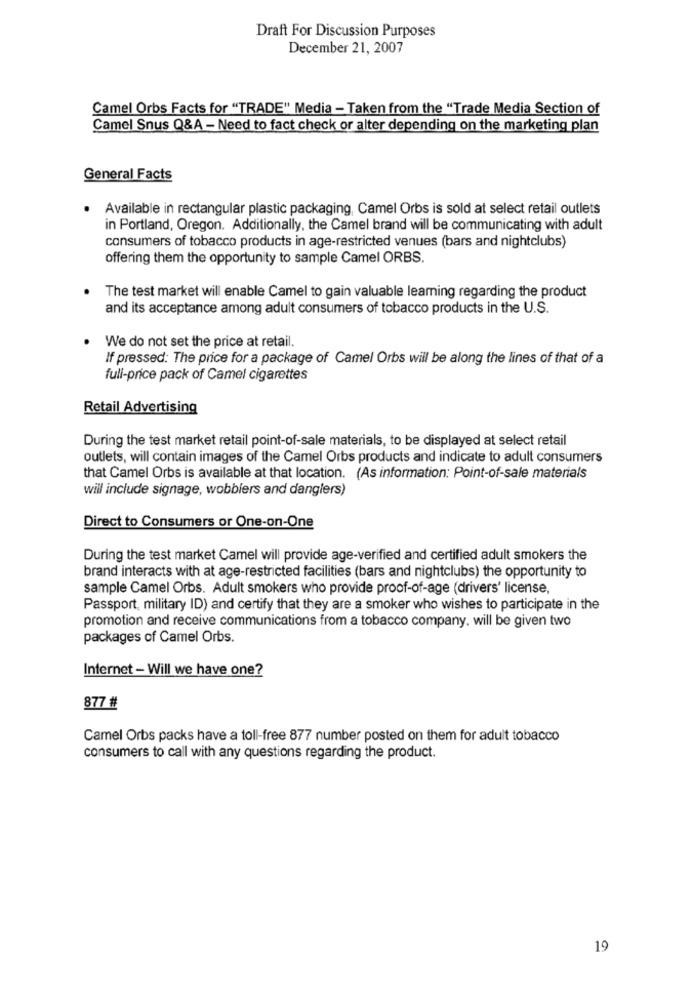
Draft For Discussion Purposes
December 21, 2007
Camel Orbs Facts for "TRADE" Media - Taken from the "Trade Media Section of
Camel Snus Q&A - Need to fact check or alter depending on the marketing plan
General Facts
· Available in rectangular plastic packaging, Camel Orbs is sold at select retail outlets
in Portland, Oregon. Additionally, the Camel brand will be communicating with adult
consumers of tobacco products in age-restricted venues (bars and nightclubs)
offering them the opportunity to sample Camel ORBS.
The test market will enable Camel to gain valuable learning regarding the product
and its acceptance among adult consumers of tobacco products in the U.S.
We do not set the price at retail.
If pressed: The price for a package of Camel Orbs will be along the lines of that of a
full-price pack of Camel cigarettes
Retail Advertising
During the test market retail point-of-sale materials, to be displayed at select retail
outlets, will contain images of the Camel Orbs products and indicate to adult consumers
that Camel Orbs is available at that location. (As information: Point-of-sale materials
will include signage, wobblers and danglers)
Direct to Consumers or One-on-One
During the test market Camel will provide age-verified and certified adult smokers the
brand interacts with at age-restricted facilities (bars and nightclubs) the opportunity to
sample Camel Orbs. Adult smokers who provide proof-of-age (drivers' license,
Passport, military ID) and certify that they are a smoker who wishes to participate in the
promotion and receive communications from a tobacco company. will be given two
packages of Camel Orbs.
Internet - Will we have one?
877 #
Camel Orbs packs have a toll-free 877 number posted on them for adult tobacco
consumers to call with any questions regarding the product.
19